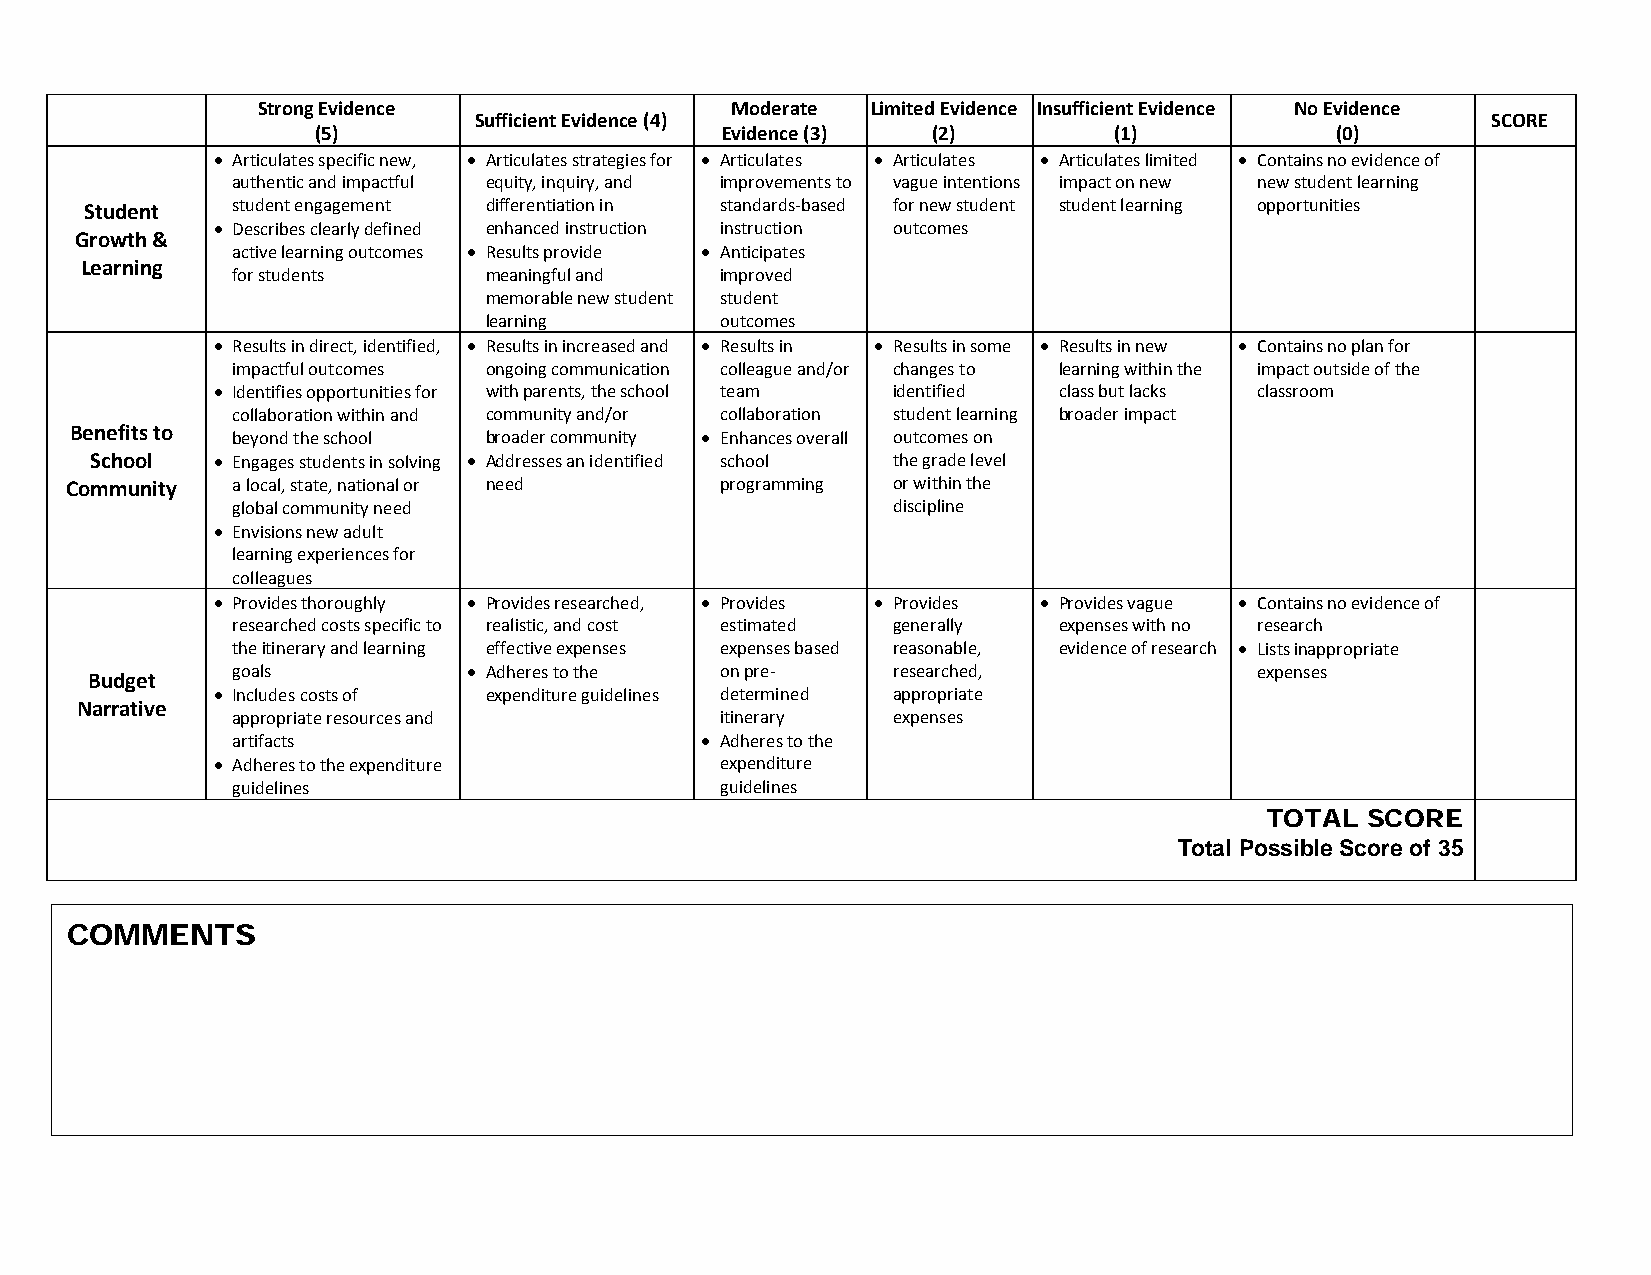
Strong Evidence                Moderate  Limited Evidence Insufficient Evidence No Evidence
 Sufficient Evidence (4)                                             SCORE
 (5)                        Evidence (3)  (2)         (1)           (0)
 • Articulates specific new, • Articulates strategies for • Articulates • Articulates • Articulates limited • Contains no evidence of
 authentic and impactful equity, inquiry, and improvements to vague intentions impact on new new student learning
 Student  student engagement differentiation in standards-based for new student student learning opportunities
 • Describes clearly defined enhanced instruction instruction outcomes
 Growth &
 active learning outcomes • Results provide • Anticipates
 Learning
 for students     meaningful and  improved
 memorable new student student
 learning        outcomes
 • Results in direct, identified, • Results in increased and • Results in • Results in some • Results in new • Contains no plan for
 impactful outcomes ongoing communication colleague and/or changes to learning within the impact outside of the
 • Identifies opportunities for with parents, the school team identified class but lacks classroom
 collaboration within and community and/or collaboration student learning broader impact
 Benefits to beyond the school broader community • Enhances overall outcomes on
 School  • Engages students in solving • Addresses an identified school the grade level
 Community  a local, state, national or need programming or within the
 global community need                       discipline
 • Envisions new adult
 learning experiences for
 colleagues
 • Provides thoroughly • Provides researched, • Provides • Provides • Provides vague • Contains no evidence of
 researched costs specific to realistic, and cost estimated generally expenses with no research
 the itinerary and learning effective expenses expenses based reasonable, evidence of research • Lists inappropriate
 goals           • Adheres to the on pre-    researched,             expenses
 Budget
 • Includes costs of expenditure guidelines determined appropriate
 Narrative
 appropriate resources and        itinerary  expenses
 artifacts                      • Adheres to the
 • Adheres to the expenditure      expenditure
 guidelines                       guidelines
 TOTAL SCORE
 Total Possible Score of 35
 COMMENTS